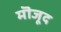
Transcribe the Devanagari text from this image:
मॊजूद